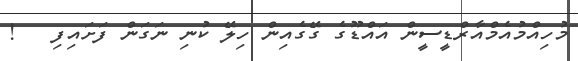
މުހިއްމުއެމްއާރްޑީސީން އައްޑޫގެ ގޭގެއިން ހިލޭ ކުނި ނަގަން ފަށައިފި   !